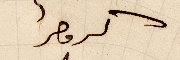
كرمصر